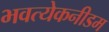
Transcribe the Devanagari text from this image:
भवत्येकनीडम